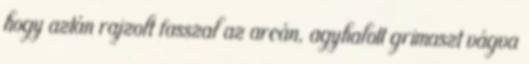
hogy aztán rajzolt fasszal az arcán, agyhalott grimaszt vágva